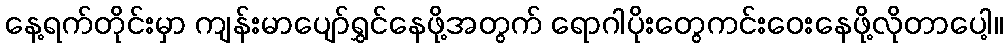
နေ့ရက်တိုင်းမှာ ကျန်းမာပျော်ရွှင်နေဖို့အတွက် ရောဂါပိုးတွေကင်းဝေးနေဖို့လိုတာပေါ့။